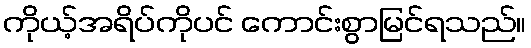
ကိုယ့်အရိပ်ကိုပင် ကောင်းစွာမြင်ရသည်။